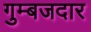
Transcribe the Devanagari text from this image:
गुम्बजदार